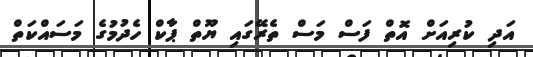
އަދި ކުރިއަށް އޮތް ފަސް މަސް ތެރޭގައި ޔޫތް ޕާކް ހެދުމުގެ މަސައްކަތް